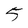
Character: 5